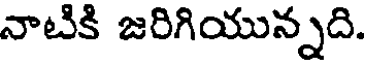
నాటికి జరిగియున్నది.